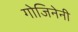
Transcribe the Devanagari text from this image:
गोजिनेनी